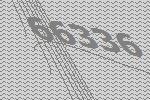
66336